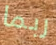
ربما